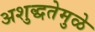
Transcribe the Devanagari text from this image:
अशुद्धतेमुळे